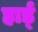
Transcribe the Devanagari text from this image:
हार्ड्